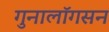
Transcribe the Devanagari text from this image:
गुनालॉगसन